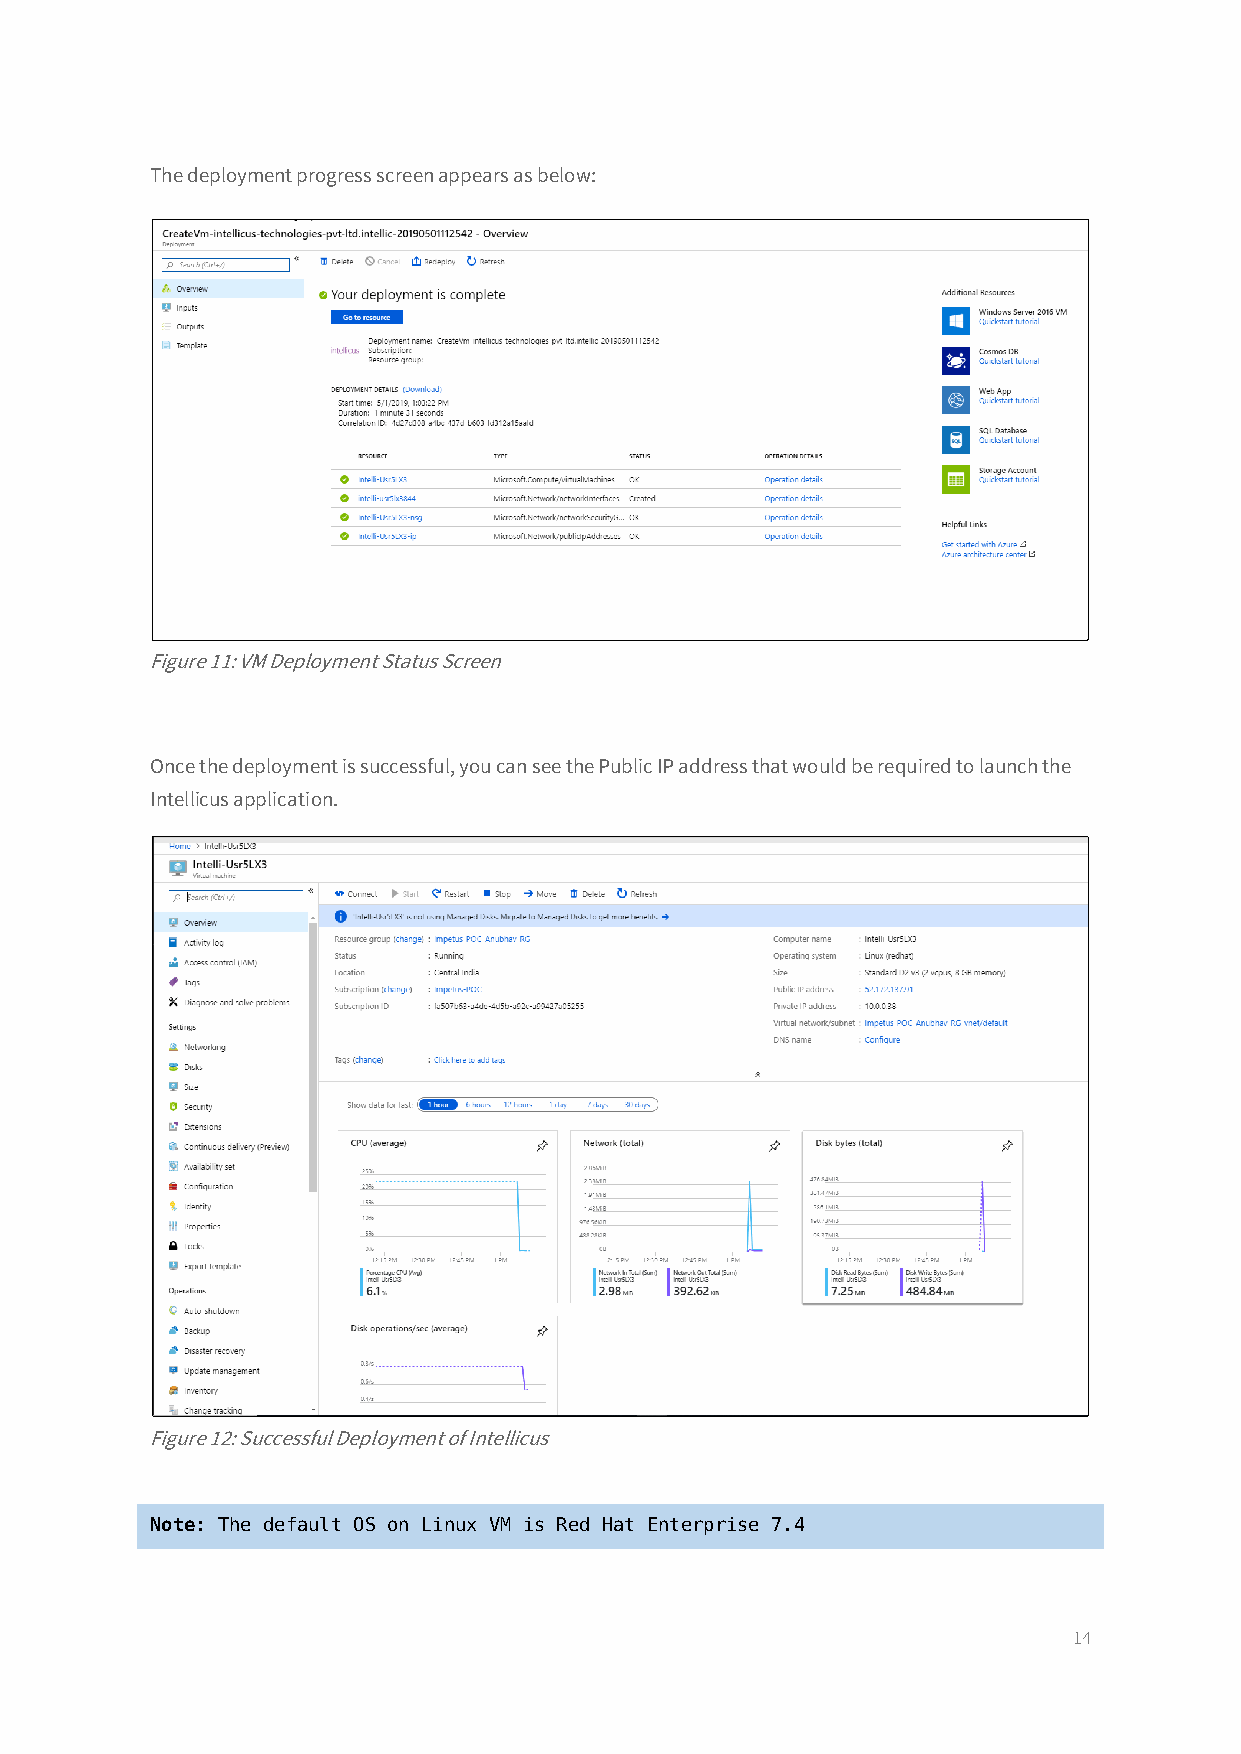
The deployment progress screen appears as below:
 Figure 11: VM Deployment Status Screen
 Once the deployment is successful, you can see the Public IP address that would be required to launch the
 Intellicus application.
 Figure 12: Successful Deployment of Intellicus
 Note: The default OS on Linux VM is Red Hat Enterprise 7.4
 14